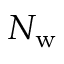
N _ { \mathrm { w } }